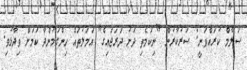
ސަލާމް ކުރައްވަނީ: ސަރުކާރުން "ނިކަމެތި ދަށު ދަރަޖައިގެ" އަމަލުތައް ހިންގަމުންދާ ކަމަށް ވިދާޅުވި.